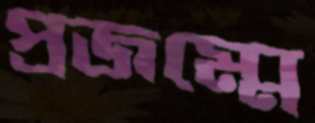
প্রজম্মে